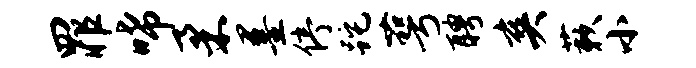
罪唏柔墨停跎萼聘爽蔌小